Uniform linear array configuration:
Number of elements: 12
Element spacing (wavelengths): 0.5
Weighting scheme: kaiser
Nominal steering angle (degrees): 30
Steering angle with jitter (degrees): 30.921
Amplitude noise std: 0.05
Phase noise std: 0.05

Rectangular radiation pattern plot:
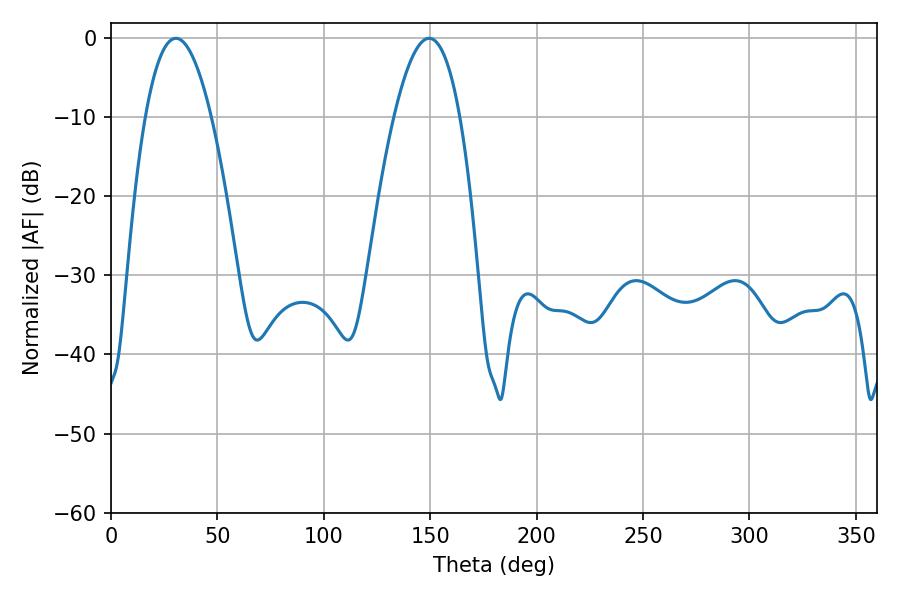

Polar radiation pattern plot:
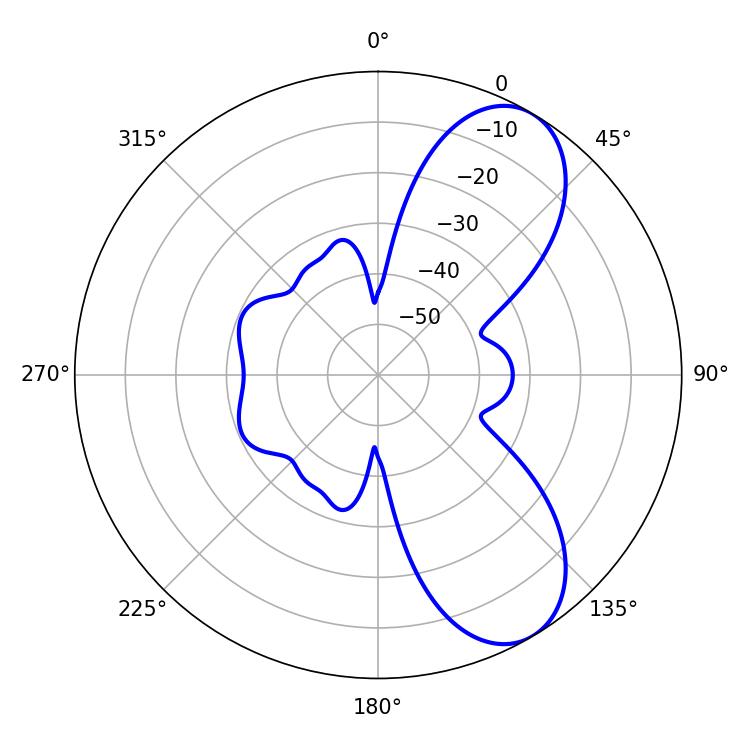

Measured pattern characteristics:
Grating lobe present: FALSE
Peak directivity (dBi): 7.868
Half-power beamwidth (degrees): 17.1
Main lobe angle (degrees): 30.42